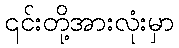
၎င်းတို့အားလုံးမှာ